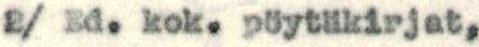
2/ Ed. kok. pöytäkirjat,